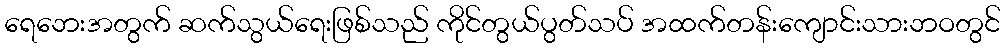
ရေဘေးအတွက် ဆက်သွယ်ရေးဖြစ်သည် ကိုင်တွယ်ပွတ်သပ် အထက်တန်းကျောင်းသားဘဝတွင်